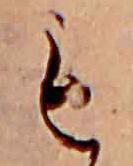
も